Indian journal of veterinary science and animal husbandry - Volume 4,
Year: 1934
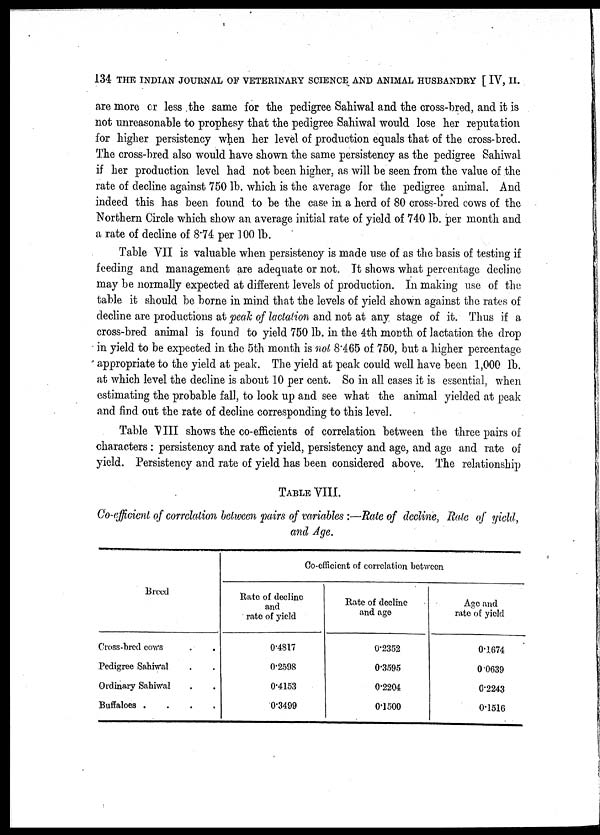
134 THE INDIAN JOURNAL OF VETERINARY SCIENCE AND ANIMAL HUSBANDRY [ IV, II.
are more or less the same for the pedigree Sahiwal and the cross-bred, and it is
not unreasonable to prophesy that the pedigree Sahiwal would lose her reputation
for higher persistency when her level of production equals that of the cross-bred.
The cross-bred also would have shown the same persistency as the pedigree Sahiwal
if her production level had not been higher, as will be seen from the value of the
rate of decline against 750 lb. which is the average for the pedigree animal. And
indeed this has been found to be the case in a herd of 80 cross-bred cows of the
Northern Circle which show an average initial rate of yield of 740 lb. per month and
a rate of decline of 8.74 per 100 lb.
Table VII is valuable when persistency is made use of as the basis of testing if
feeding and management are adequate or not. It shows what percentage decline
may be normally expected at different levels of production. In making use of the
table it should be borne in mind that the levels of yield shown against the rates of
decline are productions at peak of lactation and not at any stage of it. Thus if a
cross-bred animal is found to yield 750 lb. in the 4th month of lactation the drop
in yield to be expected in the 5th month is not 8.465 of 750, but a higher percentage
appropriate to the yield at peak. The yield at peak could well have been 1,000 lb.
at which level the decline is about 10 per cent. So in all cases it is essential, when
estimating the probable fall, to look up and see what the animal yielded at peak
and find out the rate of decline corresponding to this level.
Table VIII shows the co-efficients of correlation between the three pairs of
characters: persistency and rate of yield, persistency and age, and age and rate of
yield. Persistency and rate of yield has been considered above. The relationship
TABLE VIII.
Co-efficient of correlation between pairs of variables :—Rate of decline, Rale of yield,
and Age.
Breed
Cross-bred cows . .
Pedigree Sahiwal . .
Ordinary Sahiwal . .
Buffaloes .
.
.
.
Co-efficient of correlation between
Rate of decline
and
rate of yield
0.4817
0.2598
0.4153
0.3499
Rate of decline
and age
0.2352
0.3595
0.2204
0.1500
Age and
rate of yield
0.1674
0.0639
0.2243
0.1516